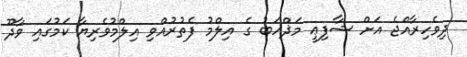
ދިވެހިރާއްޖެ އަށް ޝާފިޢީ މަޛްހަބު ގެ އިލްމު ފެތުރުއްވި އިލްމުވެރިޔާ ކަމުގައި ވާދޫ